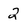
Character: 2